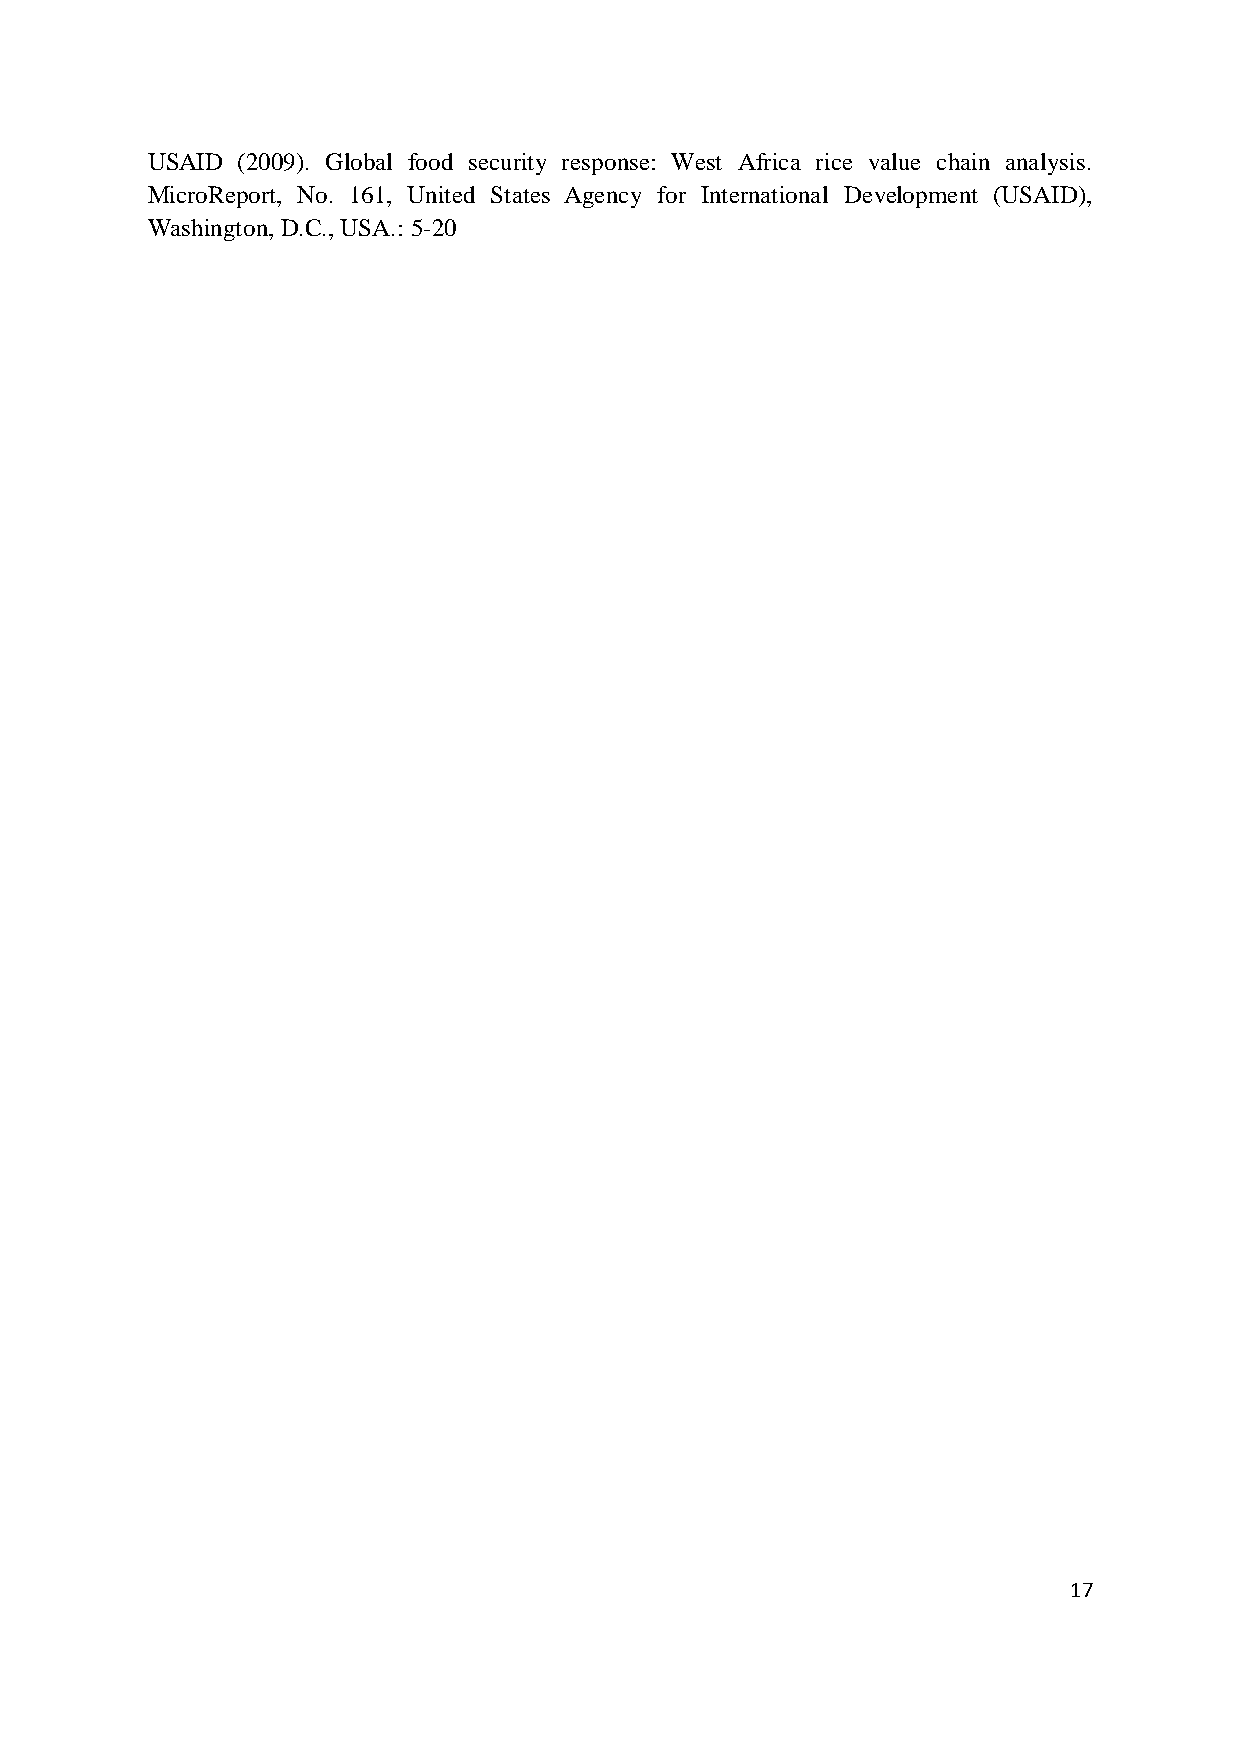
USAID (2009). Global food security response: West Africa rice value chain analysis.
 MicroReport, No. 161, United States Agency for International Development (USAID),
 Washington, D.C., USA.: 5-20
 17